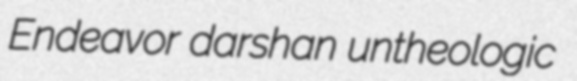
Endeavor darshan untheologic